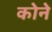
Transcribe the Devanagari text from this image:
काेने